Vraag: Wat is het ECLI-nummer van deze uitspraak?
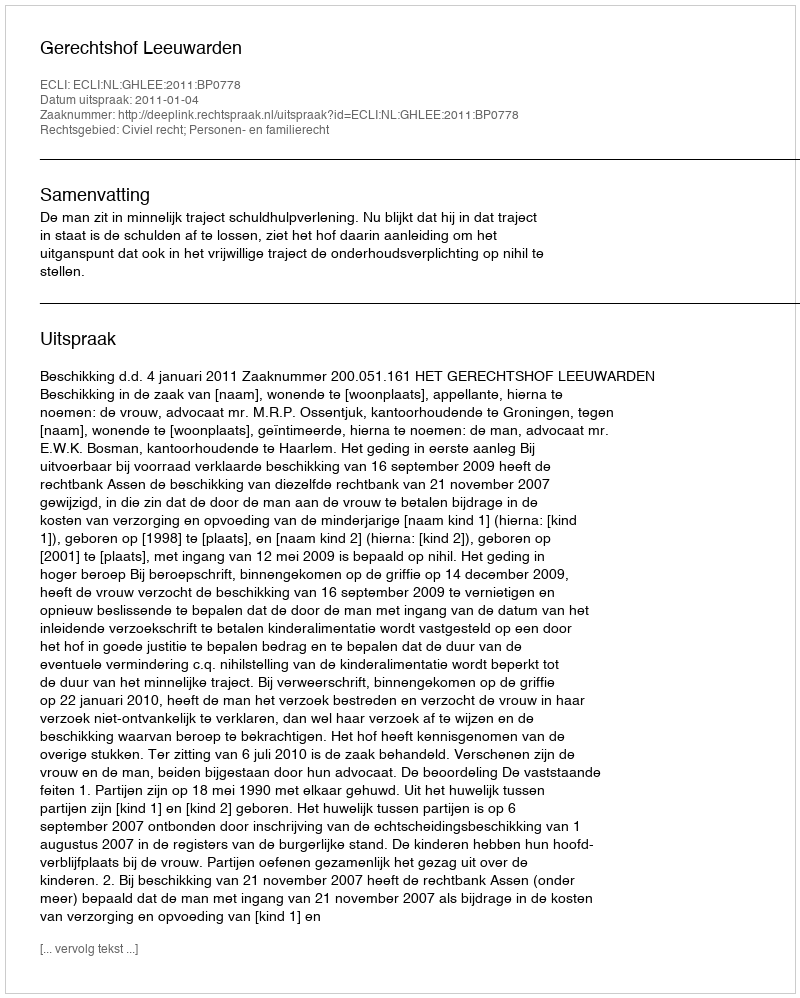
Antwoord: ECLI:NL:GHLEE:2011:BP0778